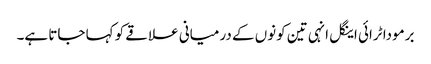
برمودا ٹرائی اینگل انہی تین کونوں کے درمیانی علاقے کو کہا جاتا ہے۔